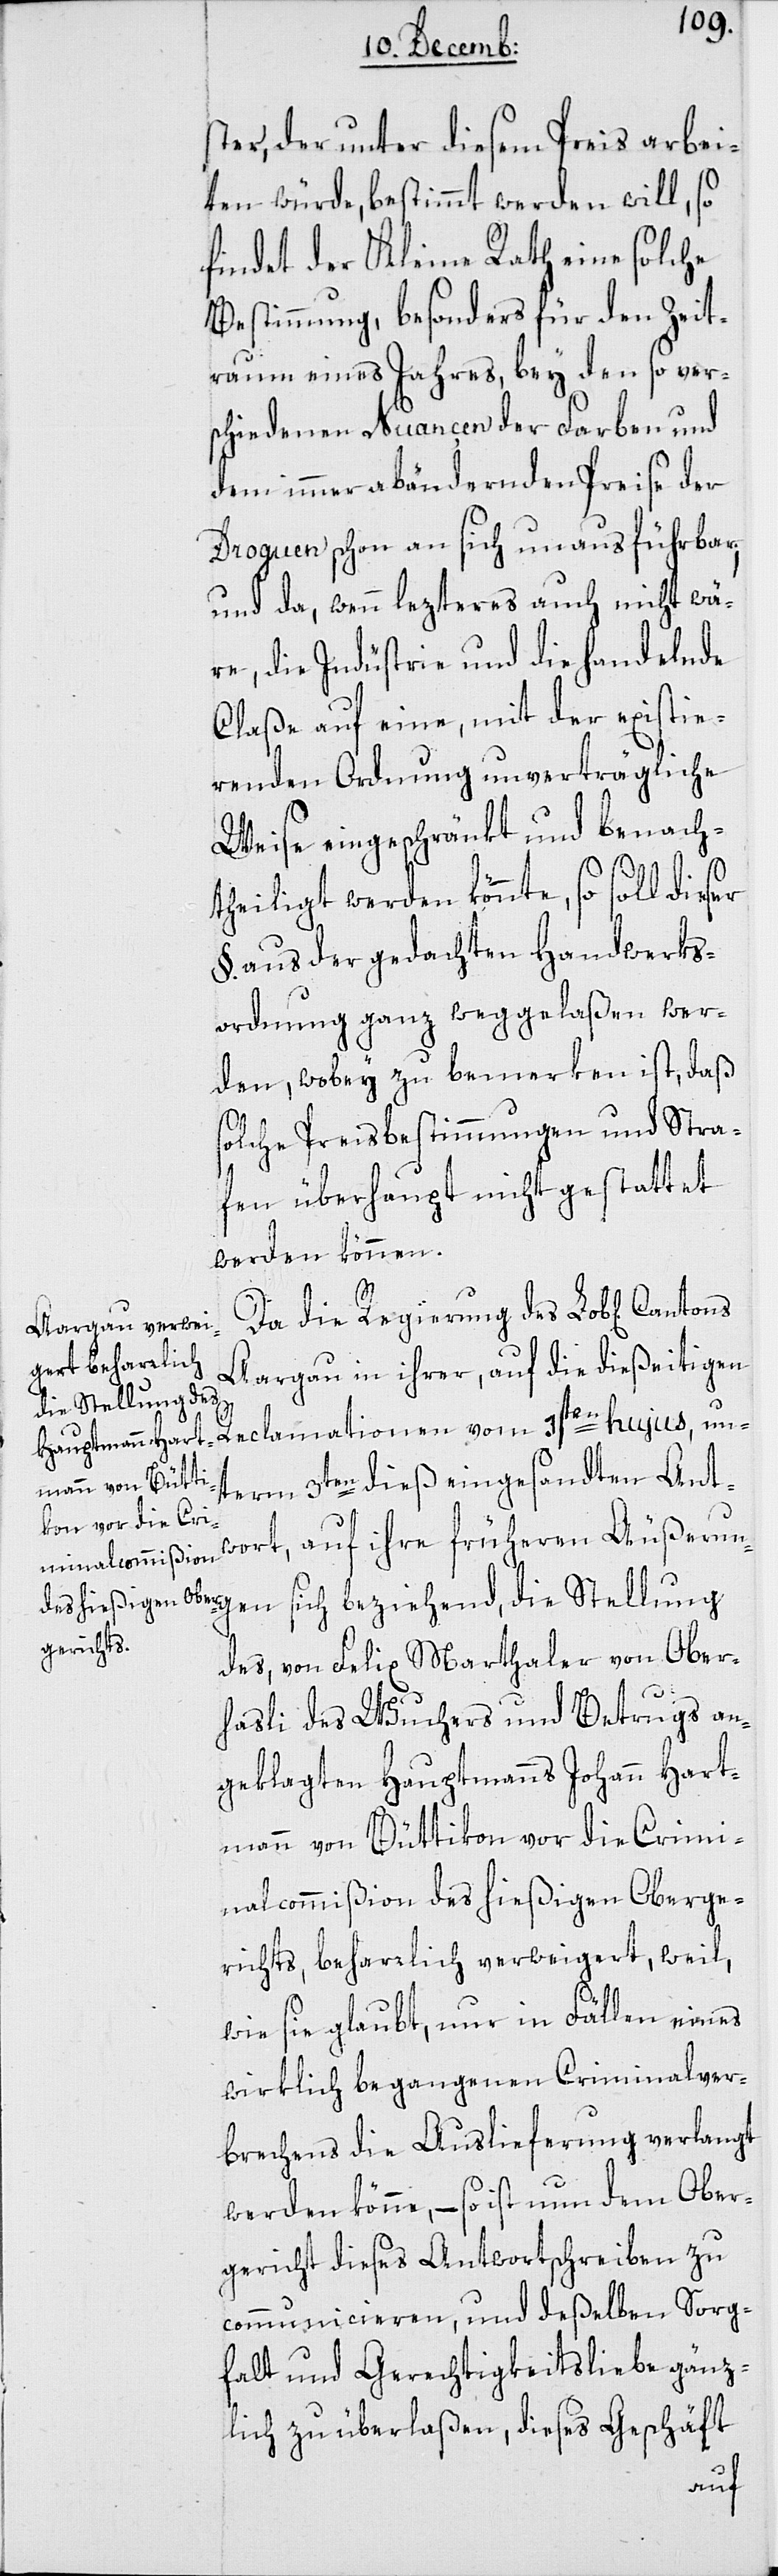
ter, der unter diesem Preis arbei¬
ten würde, bestimmt werden will, so
findet der Kleine Rath eine solche
Bestimmung, besonders für den Zeit¬
raum eines Jahres, bey den so vers¬
chiedenen Nuancen der Farben und
dem immer abändernden Preise der
Droguen schon an sich unausführbar,
und da, wenn lezteres auch nicht wä¬
re, die Indüstrie und die handelnde
Claße auf eine, mit der existie¬
renden Ordnung unverträgliche
Weise eingeschränkt und benach¬
theiliget werden könnte, so soll dießer
§. aus der gedachten Handwerks¬
ordnung ganz weggelaßen wer¬
den, wobey zu bemerken ist, daß
solche Preisbestimmungen und Stra¬
fen überhaupt nicht gestattet
werden können.
gen
Da die Regierung des Lob[lichen]
Aargau in ihrer, auf die dießeitigen
die Stellung de¬
Reclamationen vom 3ten hujus, un¬
term 3ten dieß eingesandten Ant¬
wort, auf ihre früheren Äußerun¬
s, von Felix Marthaler von Ober¬
hasli des Wuchers und Betrugs an¬
geklagten Hauptmanns Johann Hart¬
mann von Büttikon vor die Crimi¬
nalcommißion des hießigen Oberge¬
richts, beharrlich verweigert, weil,
wie sie glaubt, nur in Fällen eines
wirklich begangenen Criminalver¬
brechens die Auslieferung verlangt
werden könne, – so ist nun dem Ober¬
gericht dieses Antwortschreiben zu
communicieren, und deßelben Sorg¬
falt und Gerechtigkeitsliebe gänz¬
lich zu überlaßen, dieses Geschäft